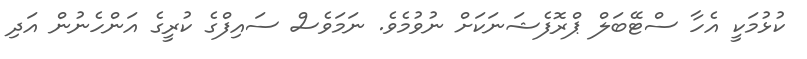
ކުޅުމަކީ އެހާ ސްޓޭބަލް ޕްރޮފެޝަނަކަށް ނުވުމެވެ. ނަމަވެސް ސައިފްގެ ކުރީގެ އަންހެނުން އަދި